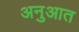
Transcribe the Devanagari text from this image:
अनुआत